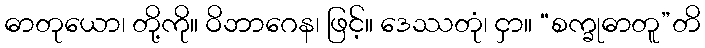
ဓာတုယော၊ တို့ကို။ ဝိဘာဂေန၊ ဖြင့်။ ဒေဿတုံ၊ ငှာ။ “စက္ခုဓာတူ”တိ